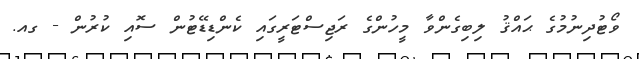
ވޯޓުދިނުމުގެ ޙައްޤު ލިބިގެންވާ މީހުންގެ ރަޖިސްޓަރީގައި ކެންޑިޑޭޓުން ސޮއި ކުރުން - ގއ.